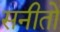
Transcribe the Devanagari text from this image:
सनीतो